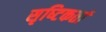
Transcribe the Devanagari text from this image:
सृष्‍टिकर्ता